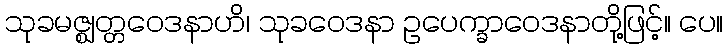
သုခမဇ္ဈတ္တဝေဒနာဟိ၊ သုခဝေဒနာ ဥပေက္ခာဝေဒနာတို့ဖြင့်။ ပေ။